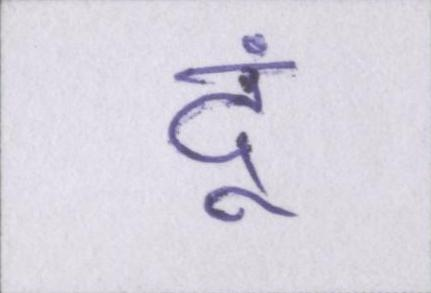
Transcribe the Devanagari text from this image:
दूं।